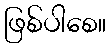
ဖြစ်ပါစေ။